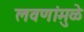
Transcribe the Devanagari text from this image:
लवणांमुळे